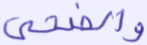
والضحى